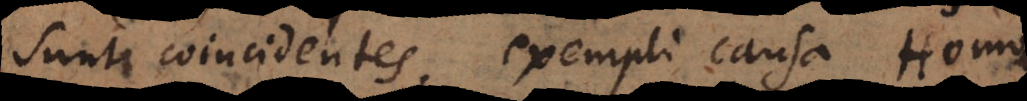
sunt coincidentes, exempli causa Homo